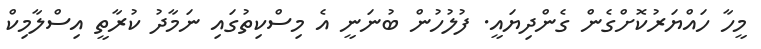
މީހާ ހައްޔަރުކޮށްގެން ގެންދިޔައީ. ފުލުހުން ބުނަނީ އެ މިސްކިތުގައި ނަމާދު ކުރާތީ އިސްލާމިކް